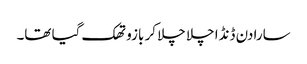
سارا دن ڈنڈا چلا چلا کر بازو تھک گیا تھا۔